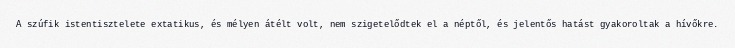
A szúfik istentisztelete extatikus, és mélyen átélt volt, nem szigetelődtek el a néptől, és jelentős hatást gyakoroltak a hívőkre.